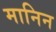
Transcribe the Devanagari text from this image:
मानिन